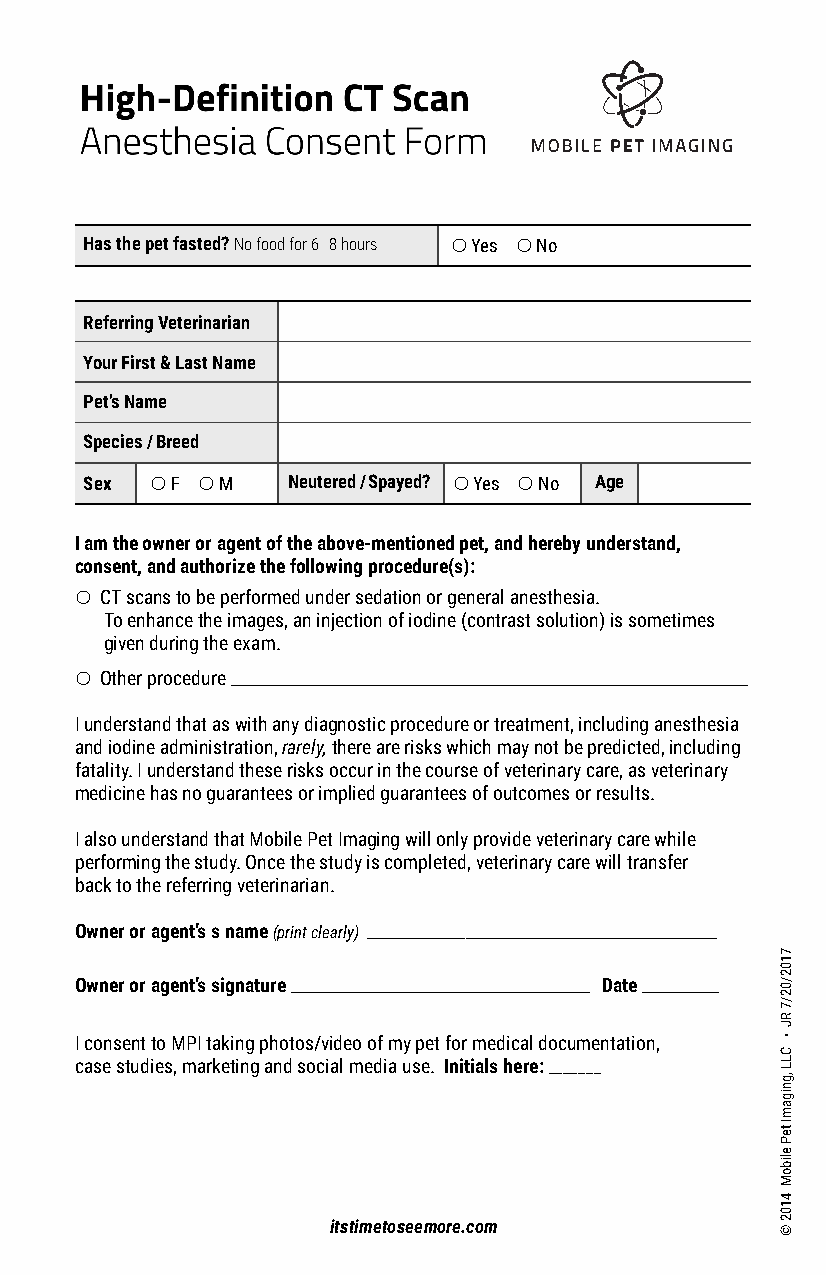
Has the pet fasted? No food for 6–8 hours ! Yes ! No
 Referring Veterinarian
 Your First & Last Name
 Pet’s Name
 Species / Breed
 Sex ! F ! M  Neutered / Spayed? ! Yes ! No Age
 I am the owner or agent of the above-mentioned pet, and hereby understand,
 consent, and authorize the following procedure(s):
 ! CT scans to be performed under sedation or general anesthesia.
 To enhance the images, an injection of iodine (contrast solution) is sometimes
 given during the exam.
 ! Other procedure ____________________________________________________________________________________________________________________
 I understand that as with any diagnostic procedure or treatment, including anesthesia
 and iodine administration, rarely, there are risks which may not be predicted, including
 fatality. I understand these risks occur in the course of veterinary care, as veterinary
 medicine has no guarantees or implied guarantees of outcomes or results.
 I also understand that Mobile Pet Imaging will only provide veterinary care while
 performing the study. Once the study is completed, veterinary care will transfer
 back to the referring veterinarian.
 Owner or agent’s s name (print clearly) ______________________________________________________________________________
 Owner or agent’s signature ___________________________________________________________________ Date _________________
 I consent to MPI taking photos/video of my pet for medical documentation,
 case studies, marketing and social media use. Initials here: _______
 itstimetoseemore.com
 7102/02/7
 RJ
 •
 CLL
 ,gnigamI
 teP
 eliboM
 4102
 ©